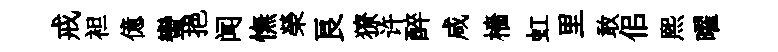
戒袒億蠻挹闻憮榮良獠许醉咸檣虹里敢佀熙曜